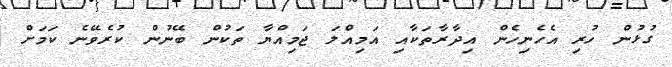
ގުޅުން ހުރި އެހެނިހެން އިދާރާތަކާއި އަމިއްލަ ޖަމިއްޔާ ތަކުން ބޭނުން ކުރެވޭނެ ކަމަށް